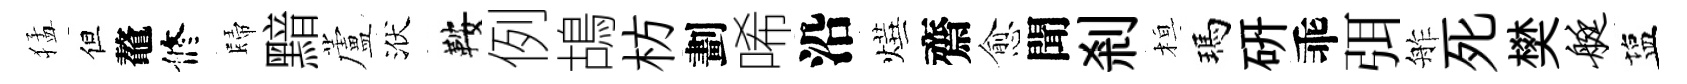
猛但鼇修歸黯蘆洑鞍例鴣枋劃唏沿燁齋愈聞剎桓瑪硏乖弭舴死樊艇塩